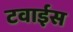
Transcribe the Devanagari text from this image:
टवाईस